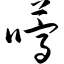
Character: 嚆